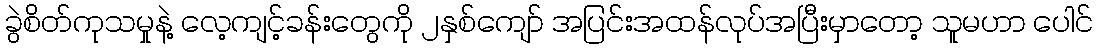
ခွဲစိတ်ကုသမှုနဲ့ လေ့ကျင့်ခန်းတွေကို ၂နှစ်ကျော် အပြင်းအထန်လုပ်အပြီးမှာတော့ သူမဟာ ပေါင်